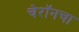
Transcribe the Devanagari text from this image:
चेरॉनचा